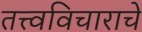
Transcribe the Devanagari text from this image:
तत्त्वविचाराचे